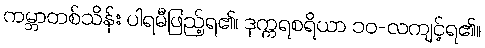
ကမ္ဘာတစ်သိန်း ပါရမီဖြည့်ရ၏၊ ဒုက္ကရစရိယာ ၁၀-လကျင့်ရ၏။